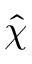
\hat { \chi }